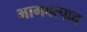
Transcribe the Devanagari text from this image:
भागवत्पाद